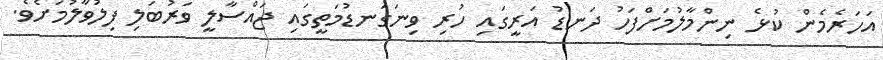
އަހަރެމެން ކުޅެ ނިންމާލުމަށްފަހު ދަނޑު އަރީގައި ހުރި ވިނަގަނޑުމަތީގައި ޖައްސާލީ ވަރުބަލި ފިލުވާލުމަށެވެ.